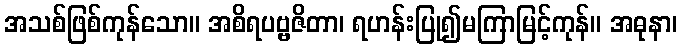
အသစ်ဖြစ်ကုန်သော။ အစိရပဗ္ဗဇိတာ၊ ရဟန်းပြု၍မကြာမြင့်ကုန်။ အဓုနာ၊